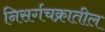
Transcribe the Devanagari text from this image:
निसर्गचक्रातील